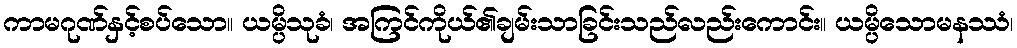
ကာမဂုဏ်နှင့်စပ်သော။ ယမ္ပိသုခံ၊ အကြင်ကိုယ်၏ချမ်းသာခြင်းသည်လည်းကောင်း။ ယမ္ပိသောမနဿံ၊